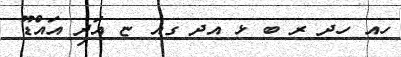
ހއ ހދ ރ ބ ޅ އދ ގއ ޏ އަދި އައްޑޫ